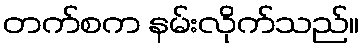
တက်စက နမ်းလိုက်သည်။